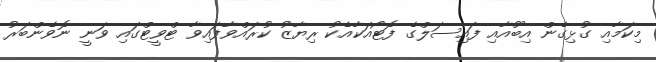
މިކަމާއި ގުޅިގެން އިބޫއާއި ފައިސަލްގެ ފޮޓޯއަކާއެކު ރިޔާޒު ކުރައްވާފައިވާ ޓްވީޓްގައި ވަނީ ނޮވެންބަރު